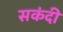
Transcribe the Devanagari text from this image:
सकंदी